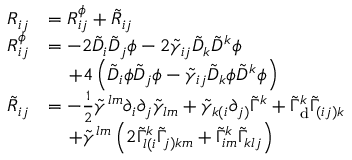
\begin{array} { r l } { R _ { i j } } & { = R _ { i j } ^ { \phi } + \tilde { R } _ { i j } } \\ { R _ { i j } ^ { \phi } } & { = - 2 \tilde { D } _ { i } \tilde { D } _ { j } \phi - 2 \tilde { \gamma } _ { i j } \tilde { D } _ { k } \tilde { D } ^ { k } \phi } \\ & { \; \; \; \; + 4 \left( \tilde { D } _ { i } \phi \tilde { D } _ { j } \phi - \tilde { \gamma } _ { i j } \tilde { D } _ { k } \phi \tilde { D } ^ { k } \phi \right) } \\ { \tilde { R } _ { i j } } & { = - \frac { 1 } { 2 } \tilde { \gamma } ^ { l m } \partial _ { i } \partial _ { j } \tilde { \gamma } _ { l m } + \tilde { \gamma } _ { k ( i } \partial _ { j ) } \tilde { \Gamma } ^ { k } + \tilde { \Gamma } _ { \mathrm { d } } ^ { k } \tilde { \Gamma } _ { ( i j ) k } } \\ & { \; \; \; \; + \tilde { \gamma } ^ { l m } \left( 2 \tilde { \Gamma } _ { l ( i } ^ { k } \tilde { \Gamma } _ { j ) k m } + \tilde { \Gamma } _ { i m } ^ { k } \tilde { \Gamma } _ { k l j } \right) } \end{array}